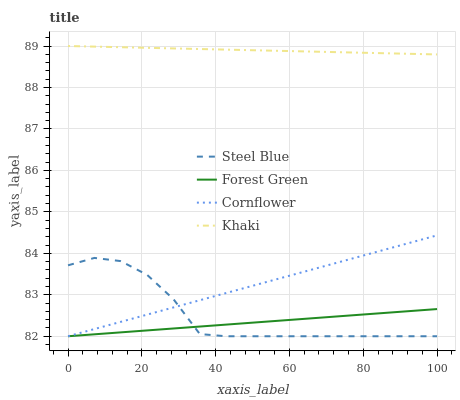
| xaxis_label | Steel Blue | Forest Green | Cornflower | Khaki |
 | --- | --- | --- | --- | --- |
 | 0 | 83.7 | 82 | 82 | 89 |
 | 7.14 | 83.9 | 82 | 82.2 | 89 |
 | 14.3 | 83.8 | 82.1 | 82.3 | 89 |
 | 21.4 | 83.5 | 82.1 | 82.5 | 89 |
 | 28.6 | 82.9 | 82.2 | 82.7 | 88.9 |
 | 35.7 | 82.1 | 82.2 | 82.9 | 88.9 |
 | 42.9 | 82 | 82.3 | 83 | 88.9 |
 | 50 | 82 | 82.3 | 83.2 | 88.9 |
 | 57.1 | 82 | 82.4 | 83.4 | 88.9 |
 | 64.3 | 82 | 82.4 | 83.6 | 88.9 |
 | 71.4 | 82 | 82.5 | 83.7 | 88.9 |
 | 78.6 | 82 | 82.5 | 83.9 | 88.8 |
 | 85.7 | 82 | 82.6 | 84.1 | 88.8 |
 | 92.9 | 82 | 82.6 | 84.3 | 88.8 |
 | 100 | 82 | 82.7 | 84.4 | 88.8 |